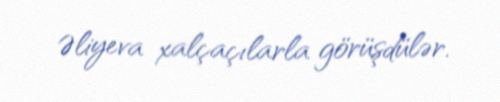
Əliyeva xalçaçılarla görüşdülər.